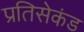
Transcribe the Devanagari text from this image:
प्रतिसेकंड